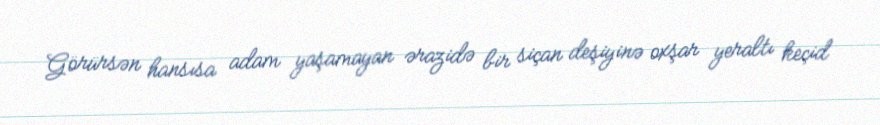
Görürsən hansısa adam yaşamayan ərazidə bir siçan deşiyinə oxşar yeraltı keçid